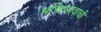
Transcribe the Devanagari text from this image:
भक्तिभावाची